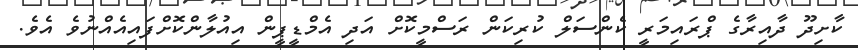
ކާށިދޫ ދާއިރާގެ ޕްރައިމަރީ ކެންސަލް ކުރިކަން ރަސްމީކޮށް އަދި އެމްޑީޕީން އިއުލާންކޮށްފައިއެއްނުވެ އެވެ.